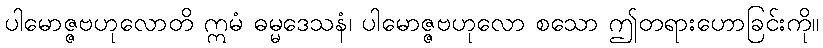
ပါမောဇ္ဇဗဟုလောတိ ဣမံ ဓမ္မဒေသနံ၊ ပါမောဇ္ဇဗဟုလော စသော ဤတရားဟောခြင်းကို။